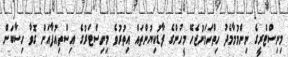
މިނިސްޓްރީގެ ނިންމުމާމެދު ހިތްހަމަނުޖެހޭ މީހުންގެ ފާޑުކިޔުންތައް އިތުރުވެ މިނިސްޓަރުގެ އިސްތިއުފާއަށް ގޮވާ ހިސާބަށް